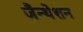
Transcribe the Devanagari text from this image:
जैन्थेशन